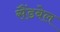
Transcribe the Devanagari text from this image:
सैंडबेल